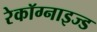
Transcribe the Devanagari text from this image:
रेकॉग्नाइज्ड